Cholera in India, 1862 to 1881
Year: 1862
Disease focus: Cholera
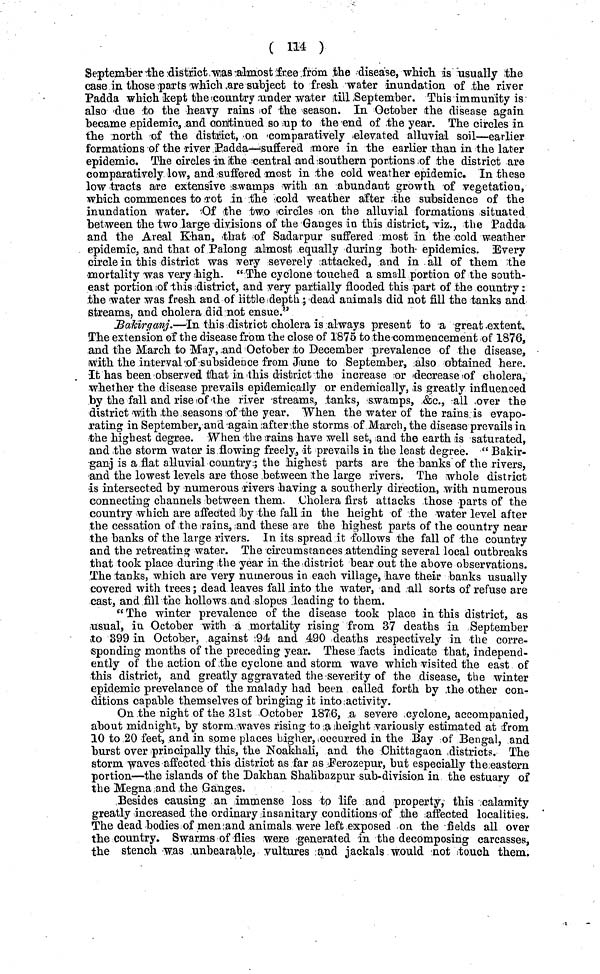
( 114 )
September the district was almost free from the disease, which is usually the
case in those parts which are subject to fresh water inundation of the river
Padda which kept the country under water till September. This immunity is
also due to the heavy rains of the season. In October the disease again
became epidemic, and continued so up to the end of the year. The circles in
the north of the district, on comparatively elevated alluvial soil—earlier
formations of the river Padda—suffered more in the earlier than in the later
epidemic. The circles in the central and southern portions of the district are
comparatively low, and suffered most in the cold weather epidemic. In these
low tracts are extensive swamps with an abundant growth of vegetation,
which commences to rot in the cold weather after the subsidence of the
inundation water. Of the two circles on the alluvial formations situated
between the two large divisions of the Ganges in this district, -viz., the Padda
and the Areal Khan, that of Sadarpur suffered most in the cold weather
epidemic, and that of Palong almost equally during both- epidemics. Every
circle in this district was very severely attacked, and in all of them the
mortality was very high. " The cyclone touched a small portion of the south-
east portion of this district, and very partially flooded this part of the country:
the water was fresh and of little depth; dead animals did not fill the tanks and
streams, and cholera did not ensue."
Bakirganj.—In this district cholera is always present to a great extent.
The extension of the disease from the close of 1875 to the commencement of 1876,
and the March to May, and October to December prevalence of the disease,
with the interval of subsidence from June to September, also obtained here.
It has been observed that in this district the increase or decrease of cholera,
whether the disease prevails epidemically or endemically, is greatly influenced
by the fall and rise of the river streams, tanks, swamps, &c., all over the
district with the seasons of "the year. "When the water of the rains is evapo-
rating in September, and again after the storms of March, the disease prevails in
the highest degree. When the rains have well set, and the earth is saturated,
and the storm water is flowing freely, it prevails in the least degree. " Bakir-
ganj is a flat alluvial country; the highest parts are the banks of the rivers,
and the lowest levels are those between the large rivers. The whole district
is intersected by numerous rivers having a southerly direction, with numerous
connecting channels between them. Cholera first attacks those parts of the
country which are affected by the fall in the height of the water level after
the cessation of the rains, and these are the highest parts of the country near
the banks of the large rivers. In its spread it follows the fall of the country
and the retreating water. The circumstances attending several local outbreaks
that took place during the year in the district bear out the above observations.
The tanks, which are very numerous in each village, have their banks usually
covered with trees; dead leaves fall into the water, and all sorts of refuse are
cast, and fill the hollows and slopes leading to them.
" The winter prevalence of the disease took place in this district, as
usual, in October with a mortality rising from 37 deaths in September
to 399 in October, against 94 and 490 deaths respectively in the corre-
sponding months of the preceding year. These facts indicate that, independ-
ently of the action of the cyclone and storm wave which visited the east of
this district, and greatly aggravated the severity of the disease, the winter
epidemic prevelance of the malady had been called forth by the other con-
ditions capable themselves of bringing it into activity.
On the night of the 31st October 1876, a severe cyclone, accompanied,
about midnight, by storm waves rising to a height variously estimated at from
10 to 20 feet, and in some places higher, occurred in the Bay of Bengal, and
burst over principally this, the Noakhali, and the Chittagaon districts. The
storm waves affected this district as far as .Ferozepur, but especially the eastern
portion—the islands of the Dakhan Shahbazpur sub-division in the estuary of
the Megna and the Ganges.
Besides causing an immense loss to life and property, this calamity
greatly increased the ordinary insanitary conditions of the affected localities.
The dead bodies of men and animals were left exposed on the fields all over
the country. Swarms of flies were generated in the decomposing carcasses,
the stench was unbearable, vultures and jackals would not touch them.